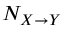
N _ { X \rightarrow Y }